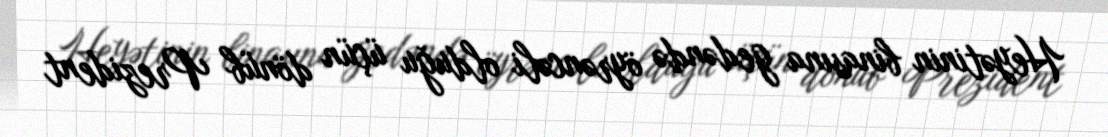
Heyətinin binasına gedəndə öyrəncəli olduğu üçün dönüb Prezident